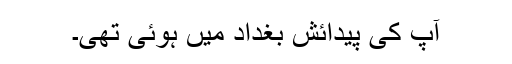
آپ کی پیدائش بغداد میں ہوئی تھی۔